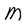
Character: M